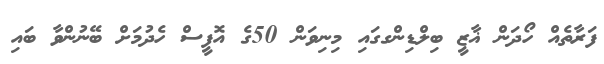
ފަރާތެއް ހޯދަން ޣާޒީ ބިލްޑިންގގައި މިނިވަން 50ގެ އޮފީސް ހެދުމަށް ބޭނުންވާ ބައި